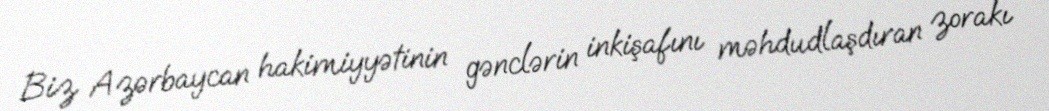
Biz Azərbaycan hakimiyyətinin gənclərin inkişafını məhdudlaşdıran zorakı